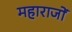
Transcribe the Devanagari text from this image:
महाराजों